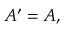
A ^ { \prime } = A ,